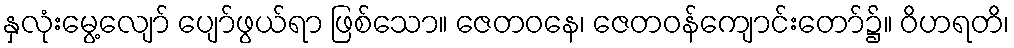
နှလုံးမွေ့လျော် ပျော်ဖွယ်ရာ ဖြစ်သော။ ဇေတဝနေ၊ ဇေတဝန်ကျောင်းတော်၌။ ဝိဟရတိ၊